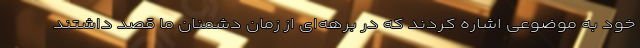
خود به موضوعی اشاره کردند که در برهه‌ای از زمان دشمنان ما قصد داشتند